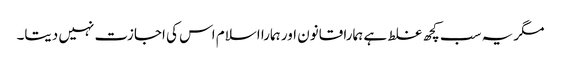
مگر یہ سب کچھ غلط ہے ہمارا قانون اور ہمارا اسلام اس کی اجازت نہیں دیتا۔